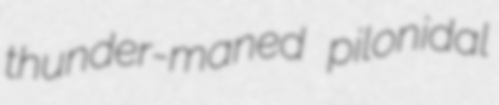
thunder-maned pilonidal